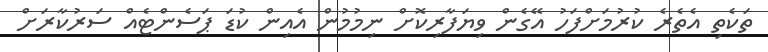
ތަކެތި އެތެރެ ކުރުމަށްފަހު އޭގެން ވިޔަފާރިކޮށް ނިމުމުން އެއިން ކުޑަ ޕަސެންޓެއް ސަރުކާރަށް